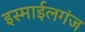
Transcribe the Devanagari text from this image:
इस्माईलगंज